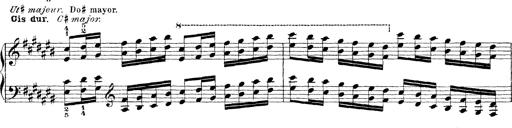
Title: Technische Studien
Composer: Franz Liszt